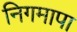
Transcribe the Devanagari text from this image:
निगमापा